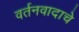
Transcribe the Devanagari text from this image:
वर्तनवादाचे